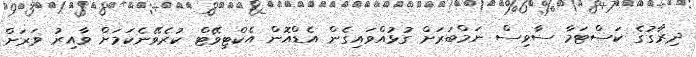
ދިރާގުގެ ކަސްޓަމާ ސާވިސް ނަމްބަރަށް ގުޅުއްވައިގެން އެޑްއޮން އެކްޓިވޭޓް ކުރެވޭނެކަމަށް ވާއިރު ވަރަށް